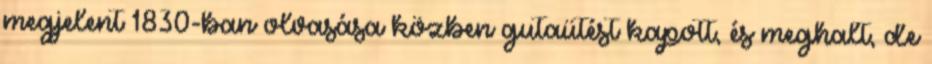
megjelent 1830-ban olvasása közben gutaütést kapott, és meghalt, de